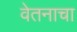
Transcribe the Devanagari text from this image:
वेतनाचा